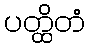
ပတ္ထိတံ